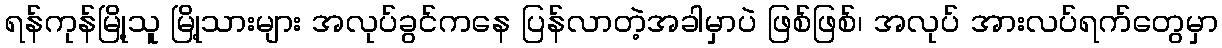
ရန်ကုန်မြို့သူ မြို့သားများ အလုပ်ခွင်ကနေ ပြန်လာတဲ့အခါမှာပဲ ဖြစ်ဖြစ်၊ အလုပ် အားလပ်ရက်တွေမှာ